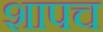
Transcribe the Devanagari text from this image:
शापच